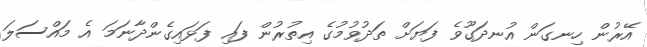
އޭރުން ހިނގަން އުނދަގޫވެ ފަޔަށް ތަދުވުމުގެ އިތުރުން ފައި ފަޅައިގެންދާނަމަ އެ މައްސަލަ